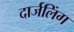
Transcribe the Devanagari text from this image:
दार्जलिंग